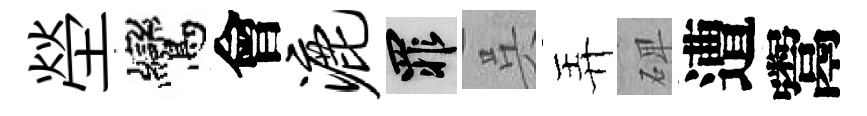
塋鸞會漉罪呉弄𥓓遭鬻